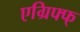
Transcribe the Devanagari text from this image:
एग्रिफ्फ्